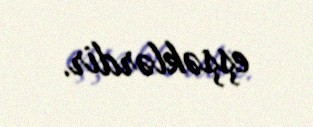
eşşəklərdir.